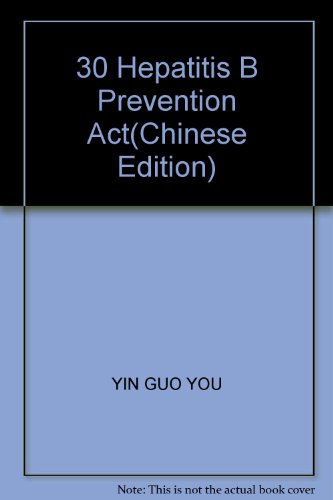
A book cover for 30 Hepatitis B Prevention Act(Chinese Edition); YIN GUO YOU; Health, Fitness & Dieting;